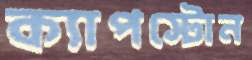
ক্যাপস্টোন